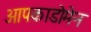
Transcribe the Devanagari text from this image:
आपकाडोमेन